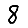
Digit: 8